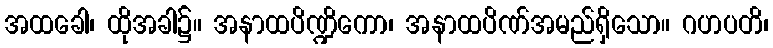
အထခေါ၊ ထိုအခါ၌။ အနာထပိဏ္ဍိကော၊ အနာထပိဏ်အမည်ရှိသော။ ဂဟပတိ၊